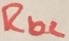
Text: Rb2